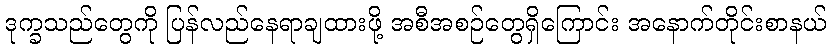
ဒုက္ခသည်တွေကို ပြန်လည်နေရာချထားဖို့ အစီအစဉ်တွေရှိကြောင်း အနောက်တိုင်းစာနယ်